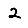
Digit: 2